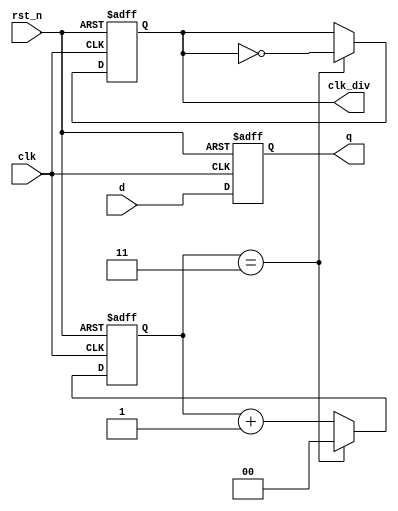
module sequential_logic (
    input wire clk,         // Clock signal
    input wire rst_n,      // Active low reset signal
    input wire [3:0] d,    // 4-bit data input
    output reg [3:0] q,     // 4-bit output
    output reg clk_div      // Divided clock output
);

    // Internal signal for clock division
    reg [1:0] clk_div_counter;

    // Sequential logic triggered on the rising edge of the clock
    always @ (posedge clk or negedge rst_n) begin
        if (!rst_n) begin
            // Reset condition
            q <= 4'b0000;        // Reset output to 0
            clk_div <= 1'b0;     // Reset divided clock
            clk_div_counter <= 2'b00; // Reset counter
        end else begin
            // State update
            q <= d;              // Update output with input data
            
            // Clock division logic
            clk_div_counter <= clk_div_counter + 1; // Increment counter
            if (clk_div_counter == 2'b11) begin
                clk_div <= ~clk_div; // Toggle divided clock every 4 clock cycles
                clk_div_counter <= 2'b00; // Reset counter
            end
        end
    end

endmodule